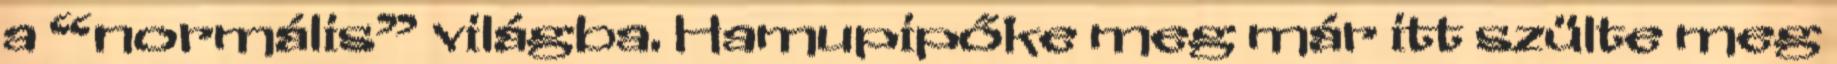
a “normális” világba. Hamupipőke meg már itt szülte meg